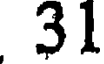
31